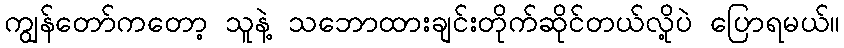
ကျွန်တော်ကတော့ သူနဲ့ သဘောထားချင်းတိုက်ဆိုင်တယ်လို့ပဲ ပြောရမယ်။